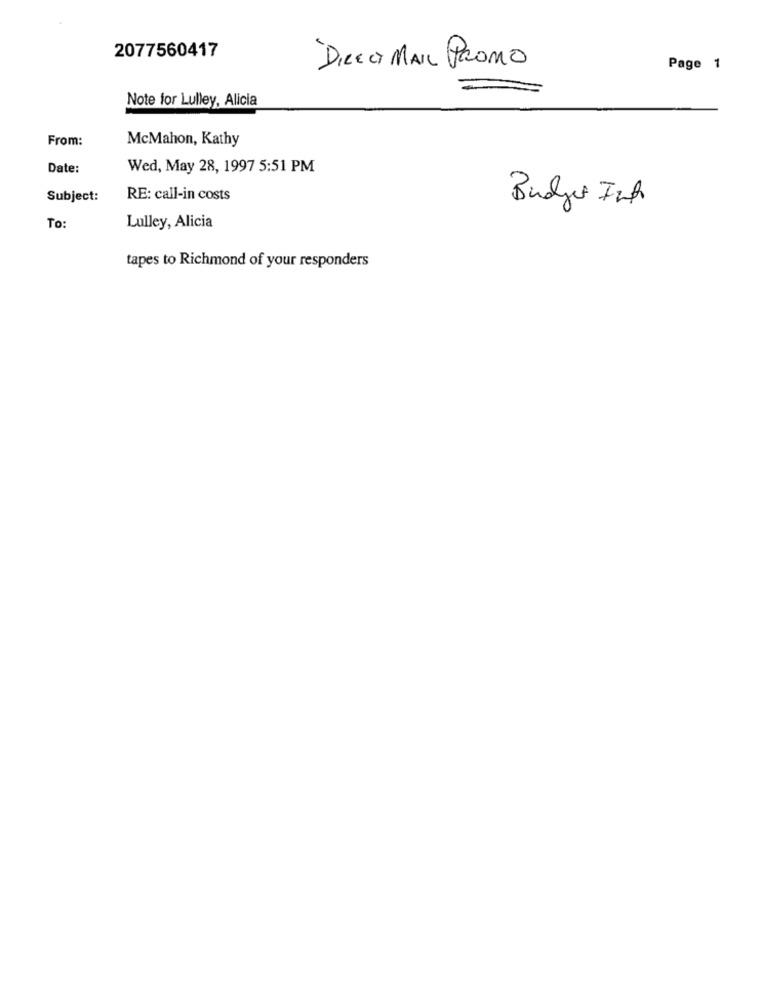
2077560417
DIRECT MAIL PROMO
Page 1
Note for Lulley, Alicia
From:
McMahon, Kathy
Date:
Wed, May 28, 1997 5:51 PM
Subject:
RE: call-in costs
Budget Into
To:
Lulley, Alicia
tapes to Richmond of your responders